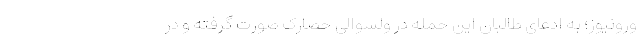
ورونیوز؛ به ادعای طالبان این حمله در ولسوالی حصارک صورت گرفته و در